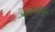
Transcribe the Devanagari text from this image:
जव्हारवरून